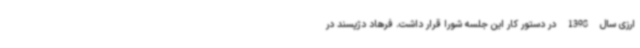
ارزی سال 1398 در دستور کار این جلسه شورا قرار داشت. فرهاد دژپسند در